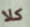
كلا